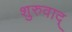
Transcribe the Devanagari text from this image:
शुरुवाद्